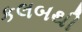
કલબથી